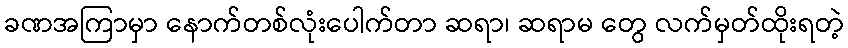
ခဏအကြာမှာ နောက်တစ်လုံးပေါက်တာ ဆရာ၊ ဆရာမ တွေ လက်မှတ်ထိုးရတဲ့